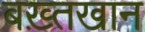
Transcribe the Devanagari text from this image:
बख़्तखान